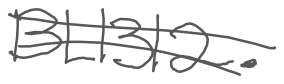
Text: BL1312.
Cross-out: double-line
Writing tool: digital_gray